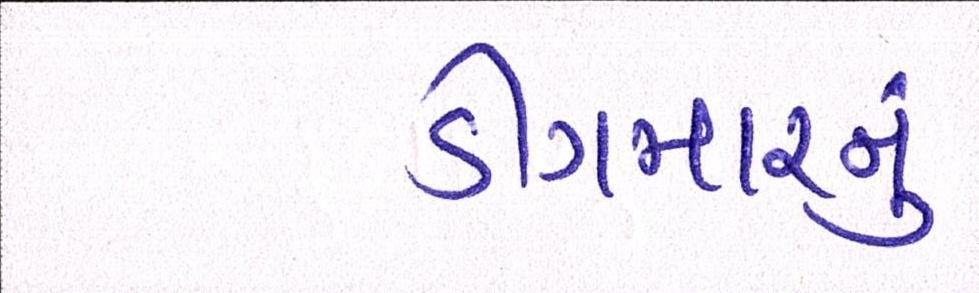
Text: ડીંગમારનું